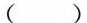
( )